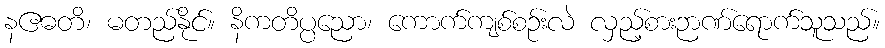
နဧဓတိ၊ မတည်နိုင်။ နိကတိပ္ပညော၊ ကောက်ကျစ်စဉ်းလဲ လှည့်စားဉာဏ်ရောက်သူသည်။